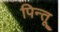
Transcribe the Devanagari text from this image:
पिन्तू